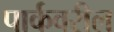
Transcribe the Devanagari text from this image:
पार्कवरील